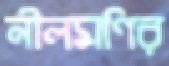
নীলমণির